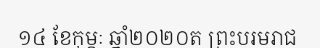
១៤ ខែកុម្ភៈ ឆ្នាំ២០២០ត ព្រះបរមរាជ